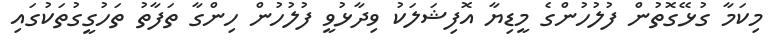
މިކަމާ ގުޅޭގޮތުން ފުލުހުންގެ މީޑިޔާ އޮފިޝަލަކު ވިދާޅުވީ ފުލުހުން ހިންގާ ތަފާތު ތަހުގީގުތަކުގައި